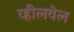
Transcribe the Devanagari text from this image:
व्हीलवेल